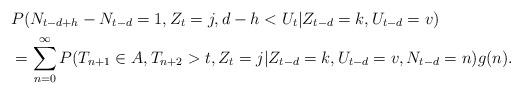
LaTeX: \begin{align*} &P(N_{t-d+h}-N_{t-d} =1,Z_t = j, d-h<U_t|Z_{t-d} = k, U_{t-d} = v)\\ &=\sum_{n=0}^\infty P(T_{n+1}\in A,T_{n+2}>t,Z_t = j|Z_{t-d} = k, U_{t-d} = v,N_{t-d} = n)g(n).\end{align*}